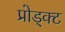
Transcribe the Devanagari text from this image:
प्रोड्क्ट